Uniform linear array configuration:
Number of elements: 32
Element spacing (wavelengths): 0.5
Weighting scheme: hann
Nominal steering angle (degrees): -45
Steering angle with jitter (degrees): -44.056
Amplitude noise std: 0.05
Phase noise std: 0.05

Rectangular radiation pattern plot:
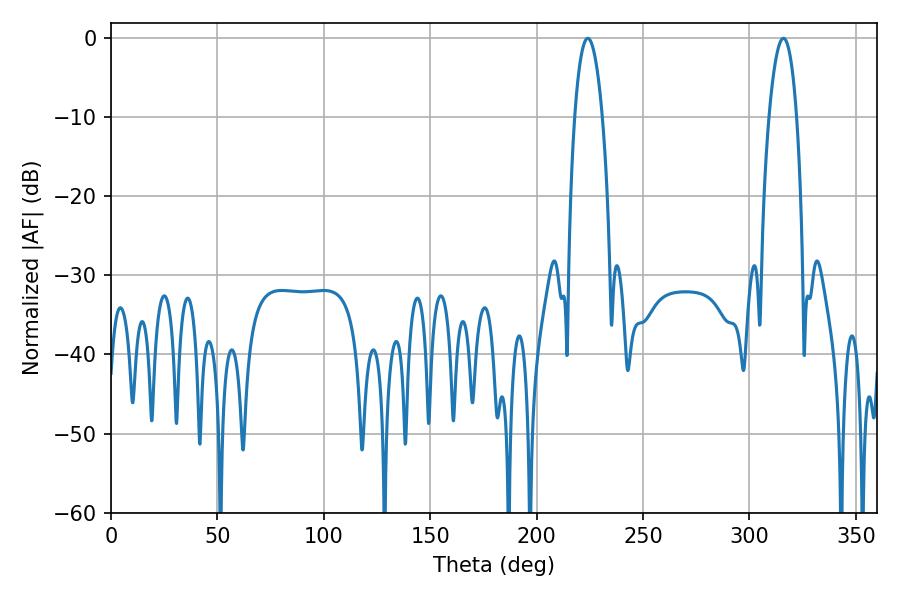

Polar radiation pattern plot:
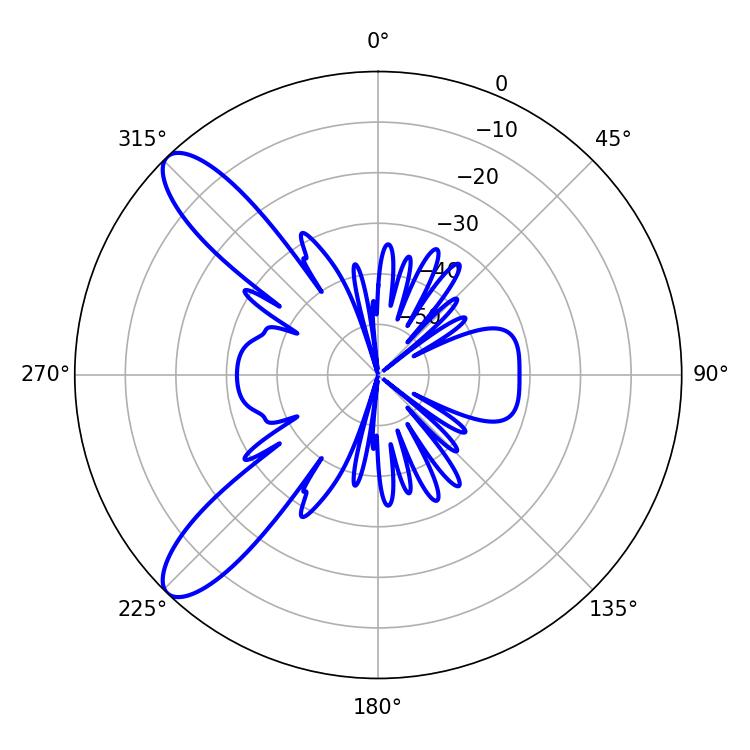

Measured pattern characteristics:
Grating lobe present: FALSE
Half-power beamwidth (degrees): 7.2
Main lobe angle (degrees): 224.1